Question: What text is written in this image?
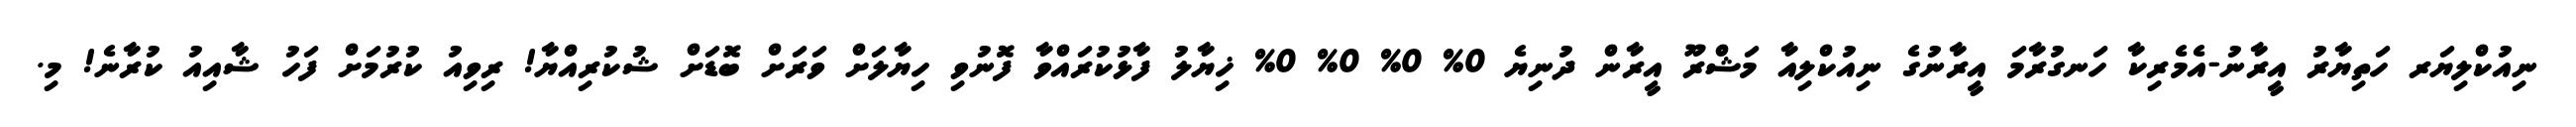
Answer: ނިއުކްލިޔަރ ހަތިޔާރު އީރާނު-އެމެރިކާ ހަނގުރާމަ އީރާނުގެ ނިއުކްލިއާ މަޝްރޫ އީރާން ދުނިޔެ 0% 0% 0% 0% ޚިޔާލު ފާޅުކުރައްވާ ފޮނުވި ހިޔާލަށް ވަރަށް ބޮޑަށް ޝުކުރިއްޔާ! ރިވިއު ކުރުމަށް ފަހު ޝާއިއު ކުރާނެ! މި.